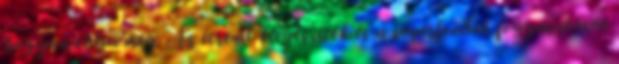
hogyan oldja meg. Az étrend-kiegészítők és a superfoodok fogyasztását